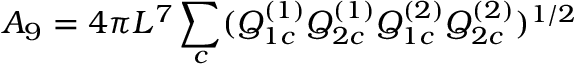
{ \cal A } _ { 9 } = 4 \pi L ^ { 7 } \sum _ { c } ( Q _ { 1 c } ^ { ( 1 ) } Q _ { 2 c } ^ { ( 1 ) } Q _ { 1 c } ^ { ( 2 ) } Q _ { 2 c } ^ { ( 2 ) } ) ^ { 1 / 2 }